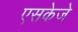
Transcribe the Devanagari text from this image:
एसकेजे